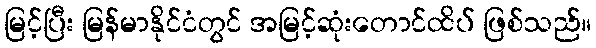
မြင့်ပြီး မြန်မာနိုင်ငံတွင် အမြင့်ဆုံးတောင်ထိပ် ဖြစ်သည်။